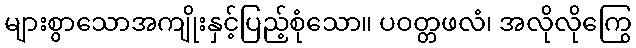
များစွာသောအကျိုးနှင့်ပြည့်စုံသော။ ပဝတ္တဖလံ၊ အလိုလိုကြွေ